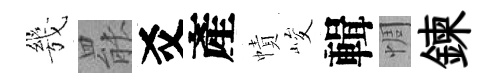
㡬罷爻產幘峻輯惆鍊